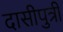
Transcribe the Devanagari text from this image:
दासीपुत्री